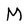
Character: M